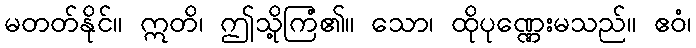
မတတ်နိုင်။ ဣတိ၊ ဤသို့ကြံ၏။ သော၊ ထိုပုဏ္ဏေးမသည်။ ဧဝံ၊